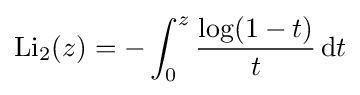
\operatorname {Li} _{2}(z)=-\int _{0}^{z}{\log(1-t) \over t}\,\mathrm {d} t